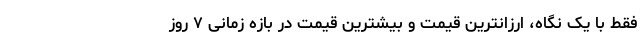
فقط با یک نگاه، ارزانترین قیمت و بیشترین قیمت در بازه زمانی ۷ روز